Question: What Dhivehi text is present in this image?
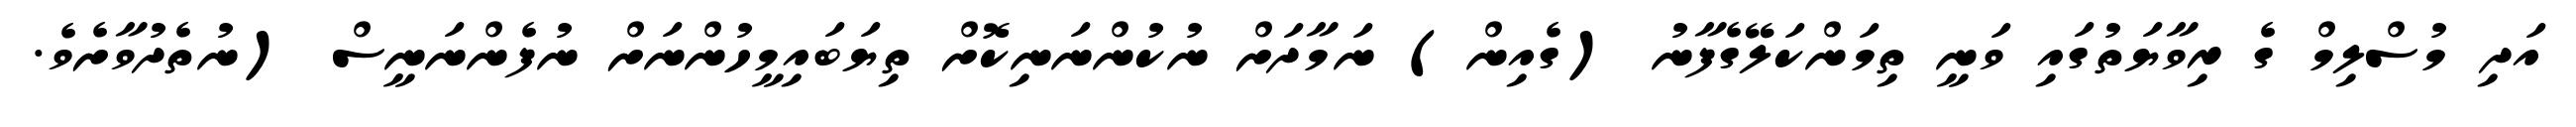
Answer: އަދި މުސްލިމް ގެ ރިވާޔަތުގައި ވަނީ ތިމަންކަލޭގެފާނު (ގެއިން) ނަމާދަށް ނުކުންނަނިކޮށް ތިޔަބައިމީހުންނަށް ނުފެންނަނީސް (ނުތެދުވާށެވެ.